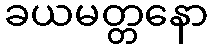
ခယမတ္တနော